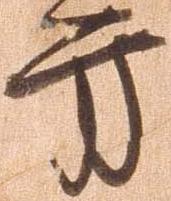
方